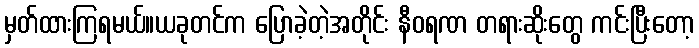
မှတ်ထားကြရမယ်။ယခုတင်က ပြောခဲ့တဲ့အတိုင်း နီဝရဏ တရားဆိုးတွေ ကင်းပြီးတော့